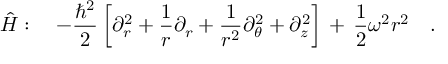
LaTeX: \hat { H } : \ \ \ - \frac { \hbar ^ { 2 } } { 2 } \left[ \partial _ { r } ^ { 2 } + \frac { 1 } { r } \partial _ { r } + \frac { 1 } { r ^ { 2 } } \partial _ { \theta } ^ { 2 } + \partial _ { z } ^ { 2 } \right] \, + \, \frac { 1 } { 2 } \omega ^ { 2 } r ^ { 2 } \ \ \ .